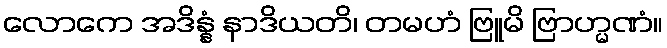
လောကေ အဒိန္နံ နာဒိယတိ၊ တမဟံ ဗြူမိ ဗြာဟ္မဏံ။